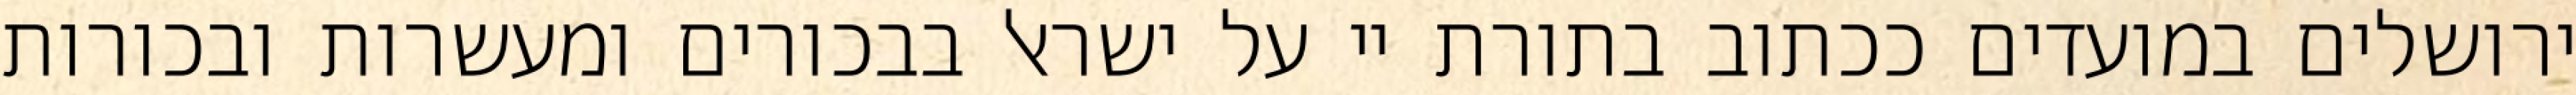
ירושלים במועדים ככתוב בתורת יי על ישראל בבכורים ומעשרות ובכורות